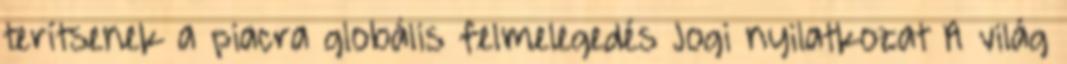
terítsenek a piacra globális felmelegedés Jogi nyilatkozat A világ